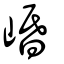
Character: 崏